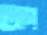
অগ